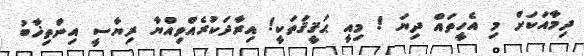
ދިމާއަކަށް މި އެހީތައް ދިޔަ ! މިއީ ޙަޤީޤަތަކީ! އިރާދަކުރެއްވިއްޔާ ރިޔާސީ އިންތިޚާބު